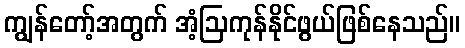
ကျွန်တော့်အတွက် အံ့ဩကုန်နိုင်ဖွယ်ဖြစ်နေသည်။